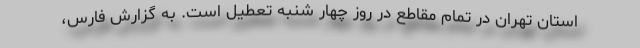
استان تهران در تمام مقاطع در روز چهار شنبه تعطیل است. به گزارش فارس،